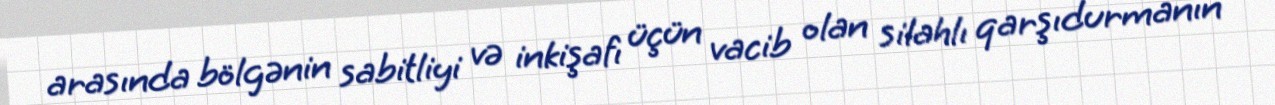
arasında bölgənin sabitliyi və inkişafı üçün vacib olan silahlı qarşıdurmanın